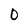
Character: 0